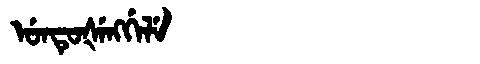
Manchu: ᡠᠨᡨᡠᡧᡝᠩᡤᡝᠯᡝ
Romanization: UNTUŠENGGELE